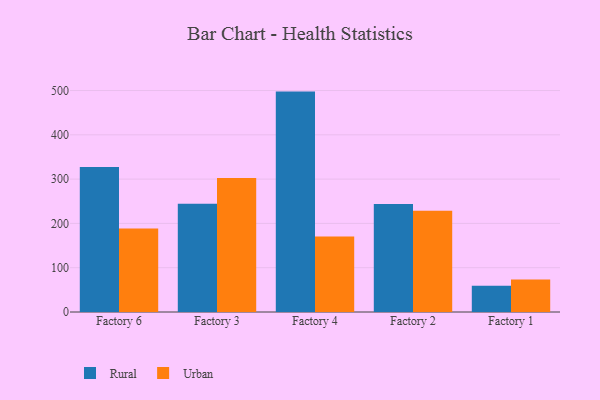
{"axis": {"x": "Factory", "y": "Population (Million)"}, "legend": ["Rural", "Urban"], "data": [{"x": "Factory 6", "y": 327.4, "type": "Rural"}, {"x": "Factory 6", "y": 188.7, "type": "Urban"}, {"x": "Factory 3", "y": 244.2, "type": "Rural"}, {"x": "Factory 3", "y": 302.7, "type": "Urban"}, {"x": "Factory 4", "y": 497.6, "type": "Rural"}, {"x": "Factory 4", "y": 170.7, "type": "Urban"}, {"x": "Factory 2", "y": 244.1, "type": "Rural"}, {"x": "Factory 2", "y": 228.7, "type": "Urban"}, {"x": "Factory 1", "y": 59.3, "type": "Rural"}, {"x": "Factory 1", "y": 73.5, "type": "Urban"}]}